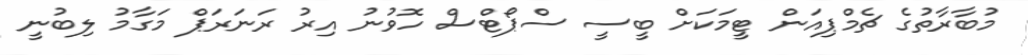
މުބާރާތުގެ ޗެމްޕިއަން ޓީމަކަށް ބީސީ ސްޕޯޓްސް ހޮވުނު އިރު ރަނަރަޕް މަގާމު ލިބުނީ